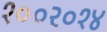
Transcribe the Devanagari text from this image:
१००२०१४